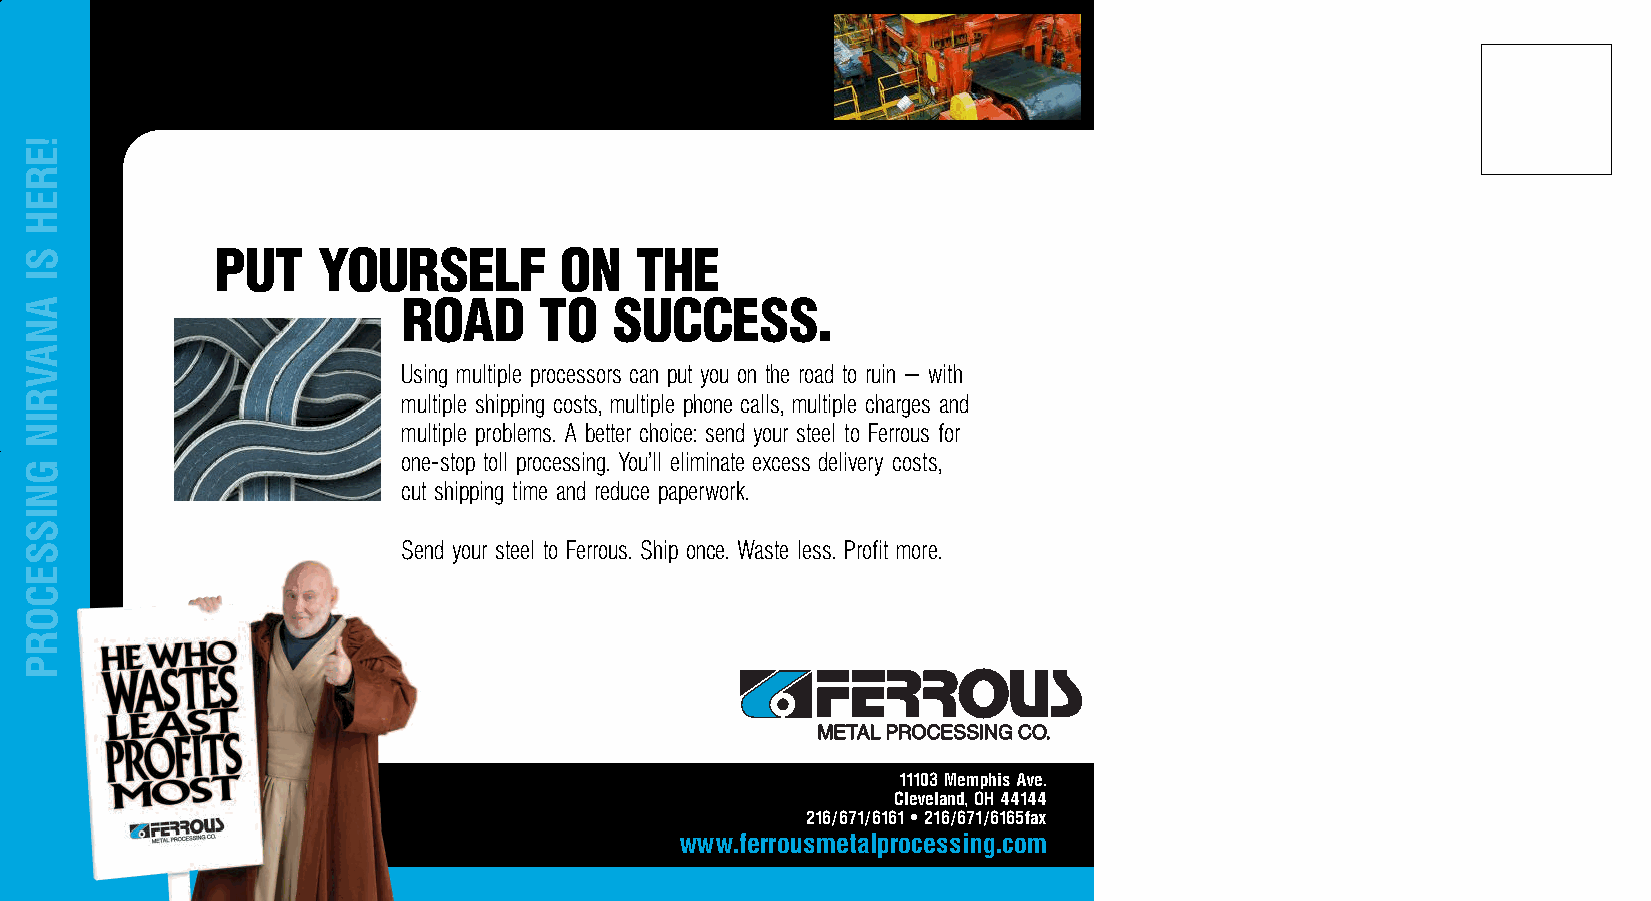
42451 Ferrous 4C Postcards Rev2 12/27/04 9:25 AM Page 2
 PUT    YOURSELF        ON   THE
 ROAD     TO   SUCCESS.
 Using multiple processors can put you on the road to ruin — with
 multiple shipping costs, multiple phone calls, multiple charges and
 multiple problems. A better choice: send your steel to Ferrous for
 one-stop toll processing. You’ll eliminate excess delivery costs,
 cut shipping time and reduce paperwork.
 Send your steel to Ferrous. Ship once. Waste less. Profit more.
 MMEETTAALL PPRROOCCEESSSSIINNGG CCOO..
 11103 Memphis Ave.
 Cleveland, OH 44144
 216/671/6161 • 216/671/6165fax
 www.ferrousmetalprocessing.com
 !EREH
 SI
 ANAVRIN
 GNISSECORP